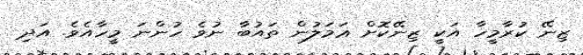
ޒިނޭ ކުރާމީހާ އަކީ ޒިނޭކޮށް ޢަމަލުން ތައުބާ ނުވެ ހުންނަ މީހާއެވެ. އަދި